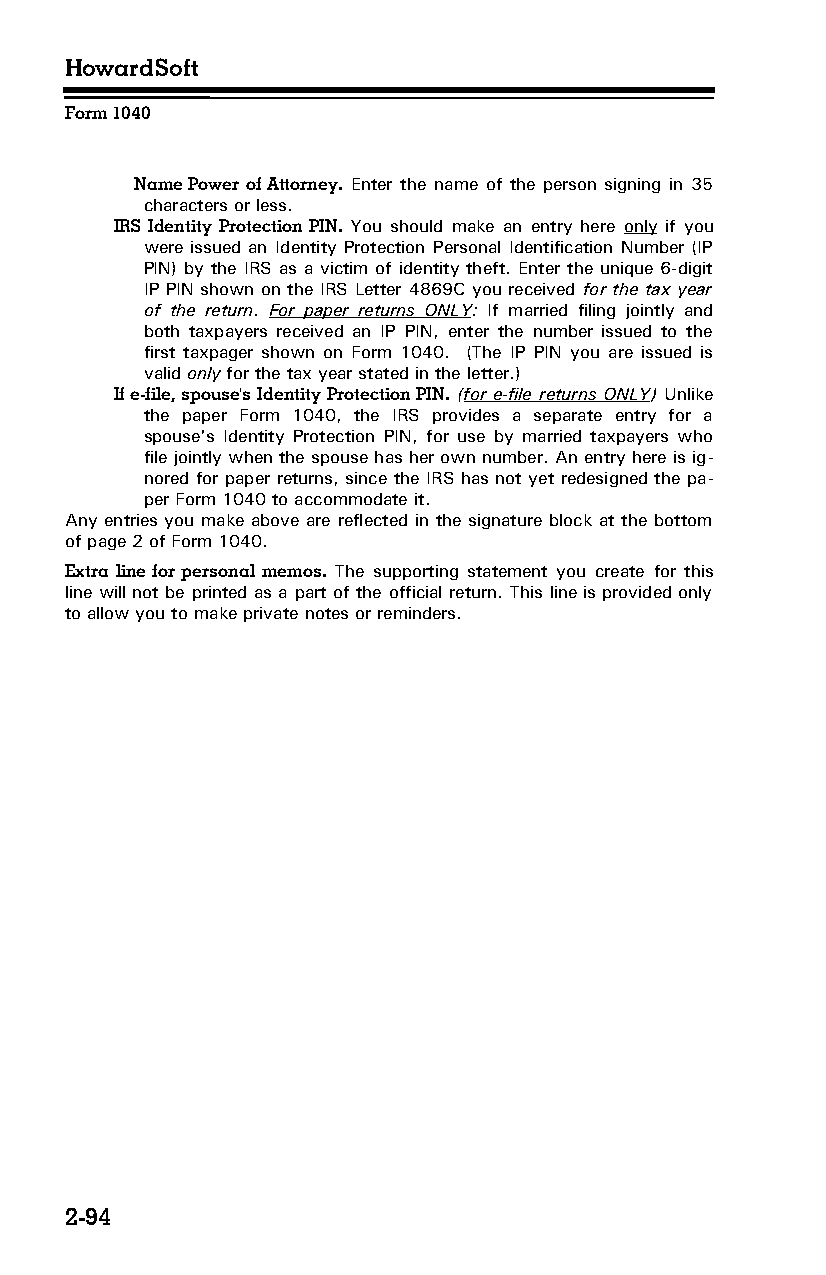
HowardSoft
 Form 1040
 Name Power of Attorney. Enter the name of the person signing in 35
 characters or less.
 IRS Identity Protection PIN. You should make an entry here only if you
 were issued an Identity Protection Personal Identification Number (IP
 PIN) by the IRS as a victim of identity theft. Enter the unique 6-digit
 IP PIN shown on the IRS Letter 4869C you received for the tax year
 of the return. For paper returns ONLY: If married filing jointly and
 both taxpayers received an IP PIN, enter the number issued to the
 first taxpager shown on Form 1040. (The IP PIN you are issued is
 valid only for the tax year stated in the letter.)
 If e-file, spouse's Identity Protection PIN. (for e-file returns ONLY) Unlike
 the paper Form 1040, the IRS provides a separate entry for a
 spouse's Identity Protection PIN, for use by married taxpayers who
 file jointly when the spouse has her own number. An entry here is ig­
 nored for paper returns, since the IRS has not yet redesigned the pa­
 per Form 1040 to accommodate it.
 Any entries you make above are reflected in the signature block at the bottom
 of page 2 of Form 1040.
 Extra line for personal memos. The supporting statement you create for this
 line will not be printed as a part of the official return. This line is provided only
 to allow you to make private notes or reminders.
 2-94